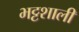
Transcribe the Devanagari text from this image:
भट्टशाली